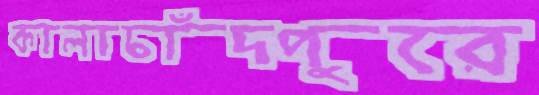
কালাচাঁদপুরে